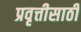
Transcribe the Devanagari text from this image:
प्रवृत्तीसाठी